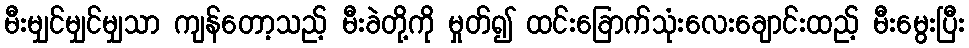
မီးမျှင်မျှင်မျှသာ ကျန်တော့သည့် မီးခဲတို့ကို မှုတ်၍ ထင်းခြောက်သုံးလေးချောင်းထည့် မီးမွေးပြီး